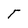
Character: T